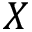
X